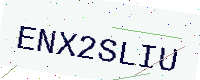
Text: ENX2SLIU